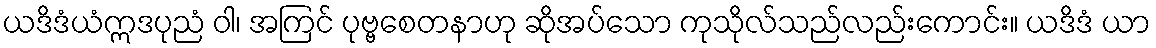
ယဒိဒံယံဣဒပုညံ ဝါ၊ အကြင် ပုဗ္ဗစေတနာဟု ဆိုအပ်သော ကုသိုလ်သည်လည်းကောင်း။ ယဒိဒံ ယာ